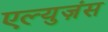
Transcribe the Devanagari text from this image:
एल्युज़ंस